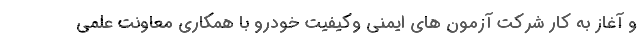
و آغاز به کار شرکت آزمون های ایمنی وکیفیت خودرو با همکاری معاونت علمی